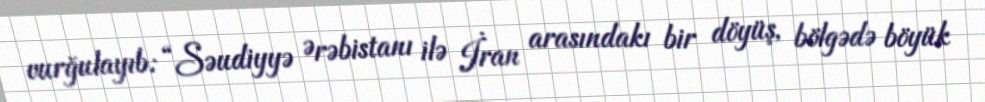
vurğulayıb: “Səudiyyə Ərəbistanı ilə İran arasındakı bir döyüş, bölgədə böyük